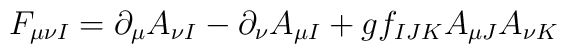
F_{\mu\nu I} = \partial_{\mu}A_{\nu I} - \partial_{\nu}A_{\mu I} + gf_{IJK} A_{\mu J}A_{\nu K}